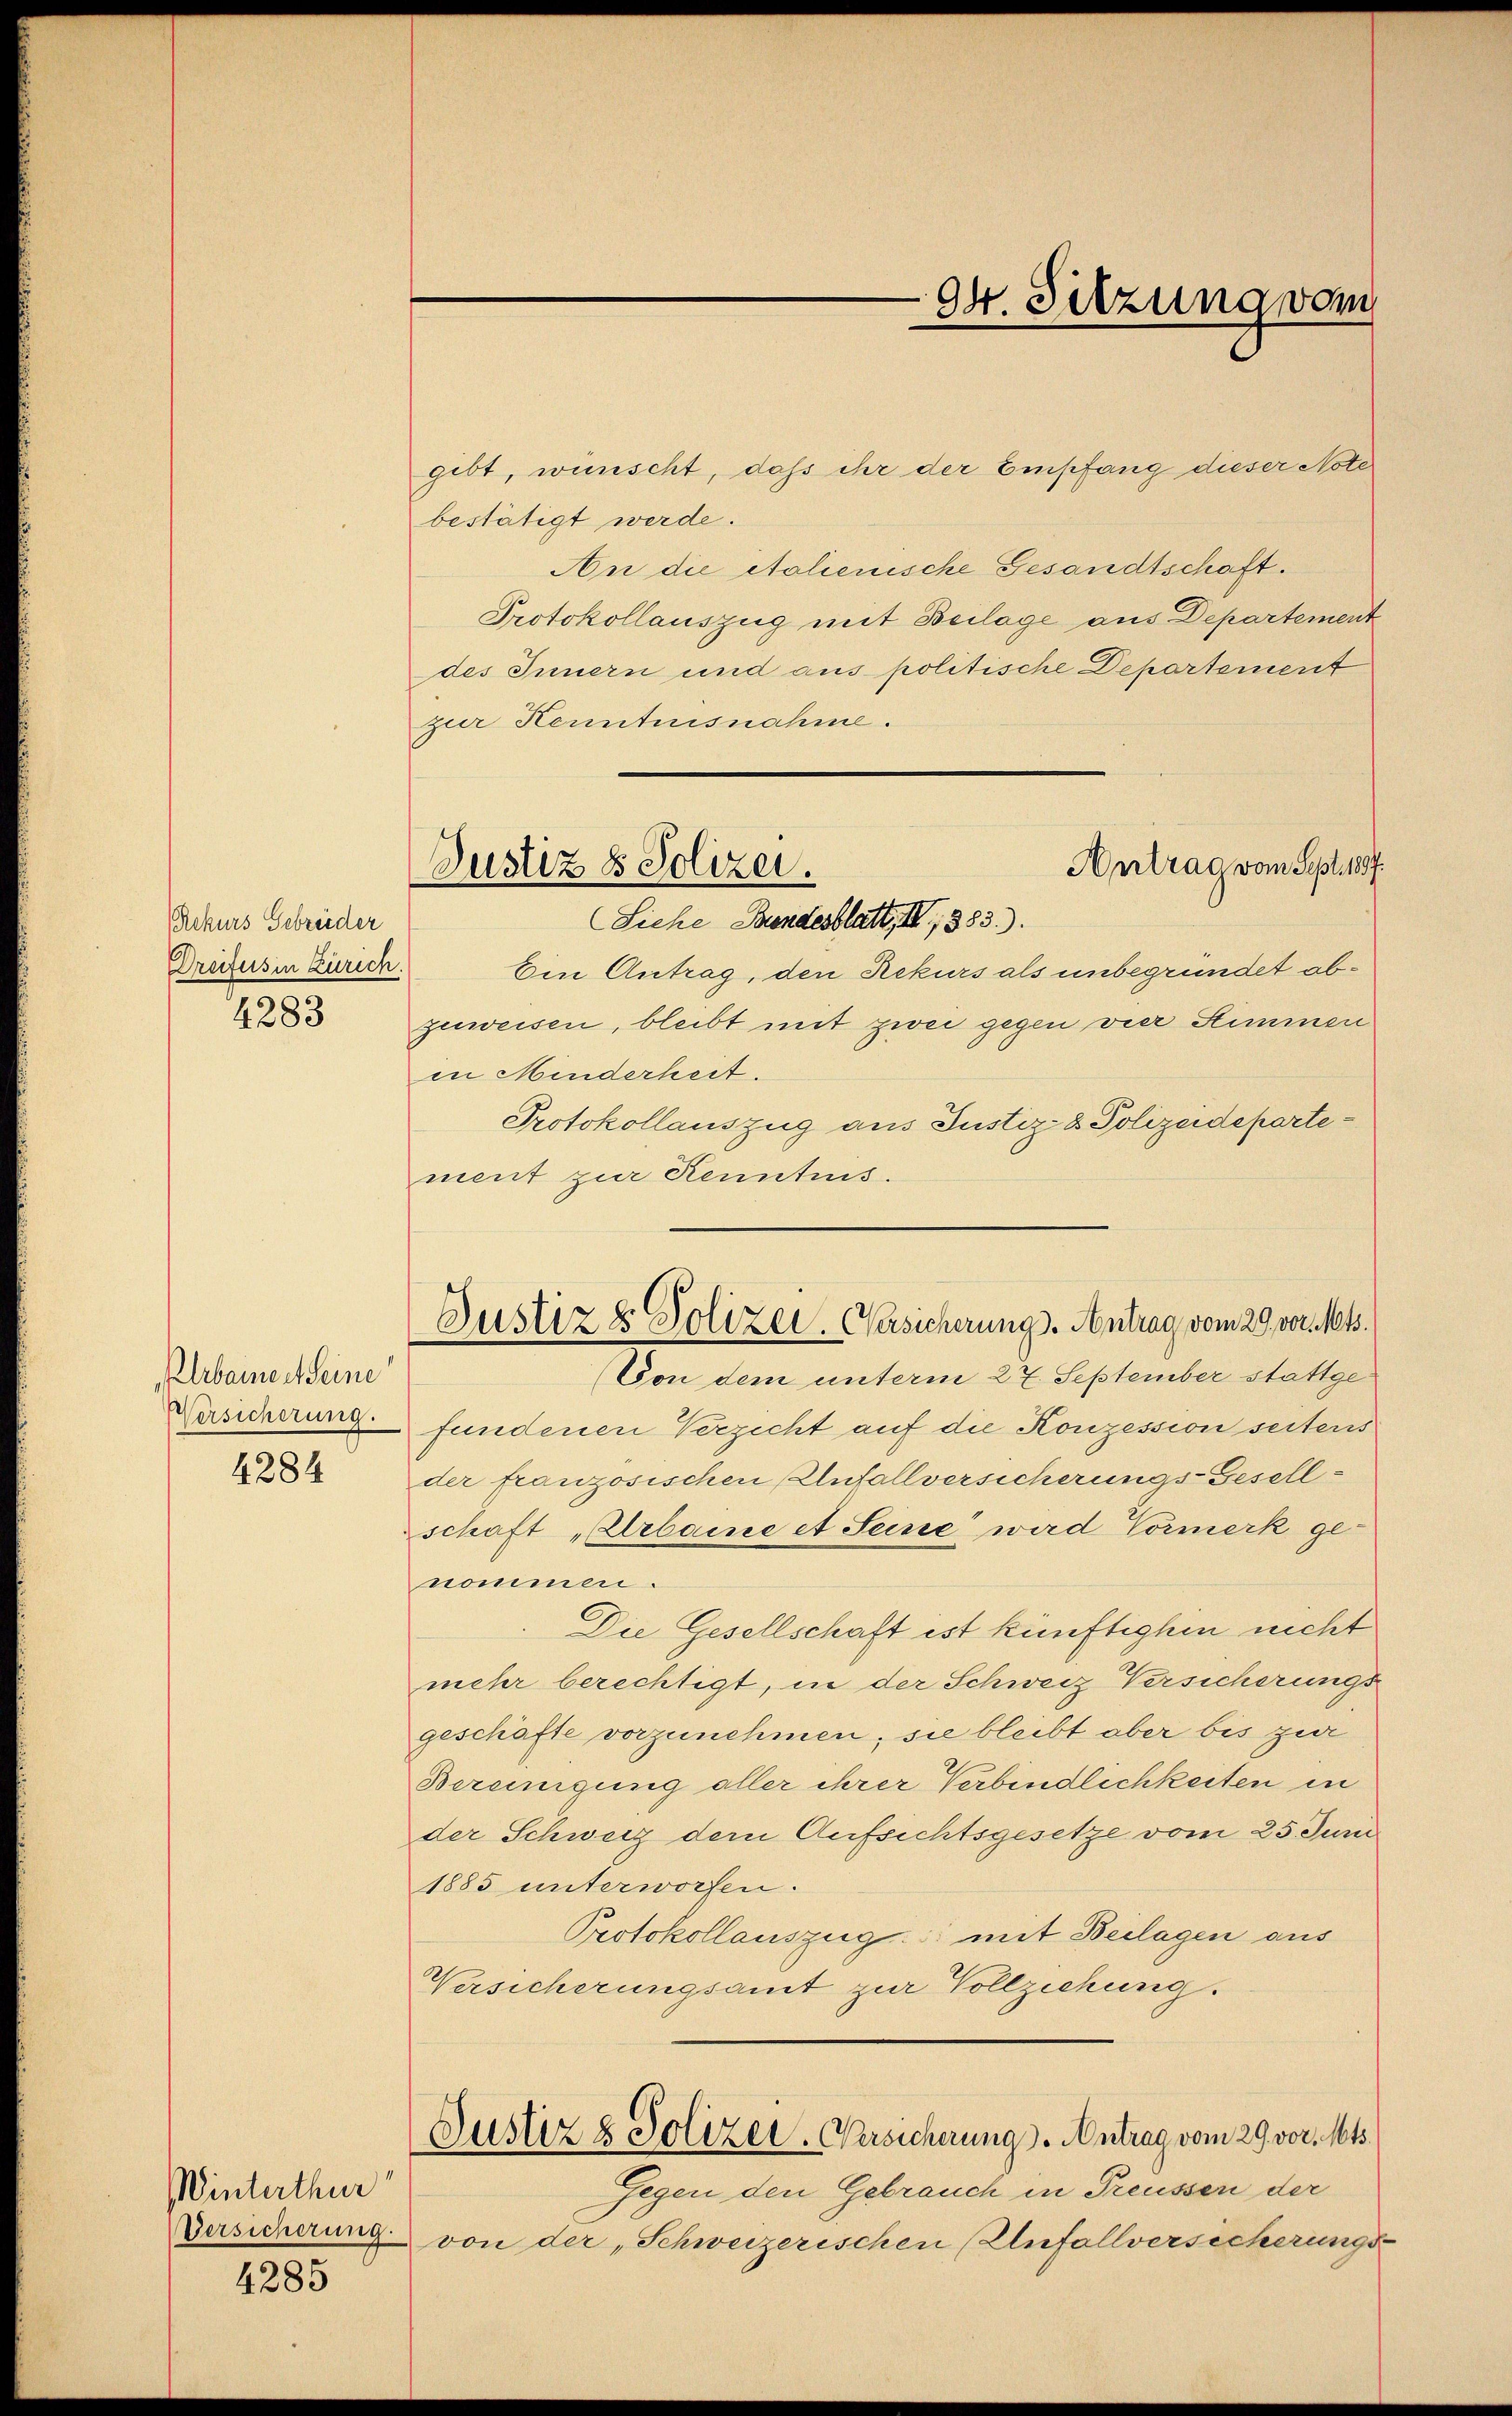
Rekurs Gebreider
Dreifers in Zürich.

4283

lrbainert seine
Versicherung.

4284

Winterthur
Versicherung.

4385

gibt, wünscht, daß ihr der Empfang dieser Notebestätigt werde.
An die italienische Gesandtschaft.
Protokollauszug mit Beilage aus Departement
des Innern und aus politische Departement
zur Kenntnisnahme.
Ein Antrag, den Rekurs als unbegründet abzuweisen, bleibt mit zwei gegen vier Stimmen
in Minderheit.
Protokollauszug aus Justiz- & Polizeidepartement zur Kenntnis.
fundenen Verzicht auf die Konzession seiters
der französischen Anfallversicherungs-Gesell-
schaft „Urbare et Seine wird Vormerk genommen.
Die Gesellschaft ist künftighin nicht
mehr berechtigt, in der Schweiz Versicherungs
geschäfte vorzunehmen, sie bleibt aber bis zur
Bereinigung aller ihrer Verbindlichkeiten in
der Schweiz der Aufsichtsgesetze vom 25. Juni
1885 unterworfen.
Protokollauszug mit Beilagen aus
Versicherungsamt zur Vollziehung.
Justiz & Polizer. Versicherung. Antrag vom 29. vor. Mts.
Gegen den Gebrauch in Treussen der
von der „Schweizerischen Unfallversicherungs-

94. Sitzung vom

Antrag vom Sept. 1887.
Justiz & Polizei.
Siche Bundesblatt, II 1853).

Justiz & Polizei. Gesicherungs-Antrag vom 29. vor. Mts.
Von dem unterm 27. September stattge